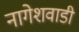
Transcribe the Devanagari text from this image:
नागेशवाडी